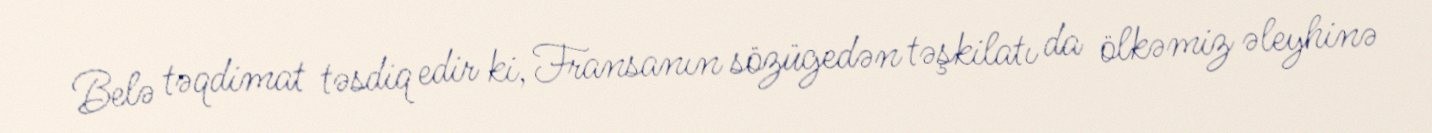
Belə təqdimat təsdiq edir ki, Fransanın sözügedən təşkilatı da ölkəmiz əleyhinə